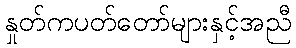
နှုတ်ကပတ်တော်များနှင့်အညီ